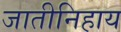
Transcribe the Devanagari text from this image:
जातीनिहाय